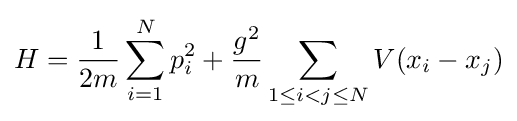
H={\frac {1}{2m}}\sum _{i=1}^{N}p_{i}^{2}+{\frac {g^{2}}{m}}\sum _{1\leq i<j\leq N}V(x_{i}-x_{j})